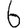
Digit: 6